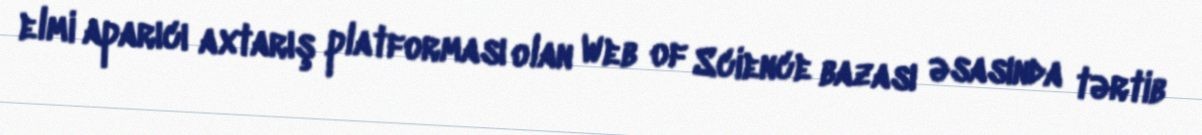
elmi aparıcı axtarış platforması olan Web of Science bazası əsasında tərtib